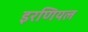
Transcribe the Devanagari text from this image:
इरणियल